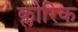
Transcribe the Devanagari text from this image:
क्लोरिक